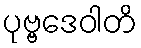
ပုဗ္ဗဒေဝါတိ